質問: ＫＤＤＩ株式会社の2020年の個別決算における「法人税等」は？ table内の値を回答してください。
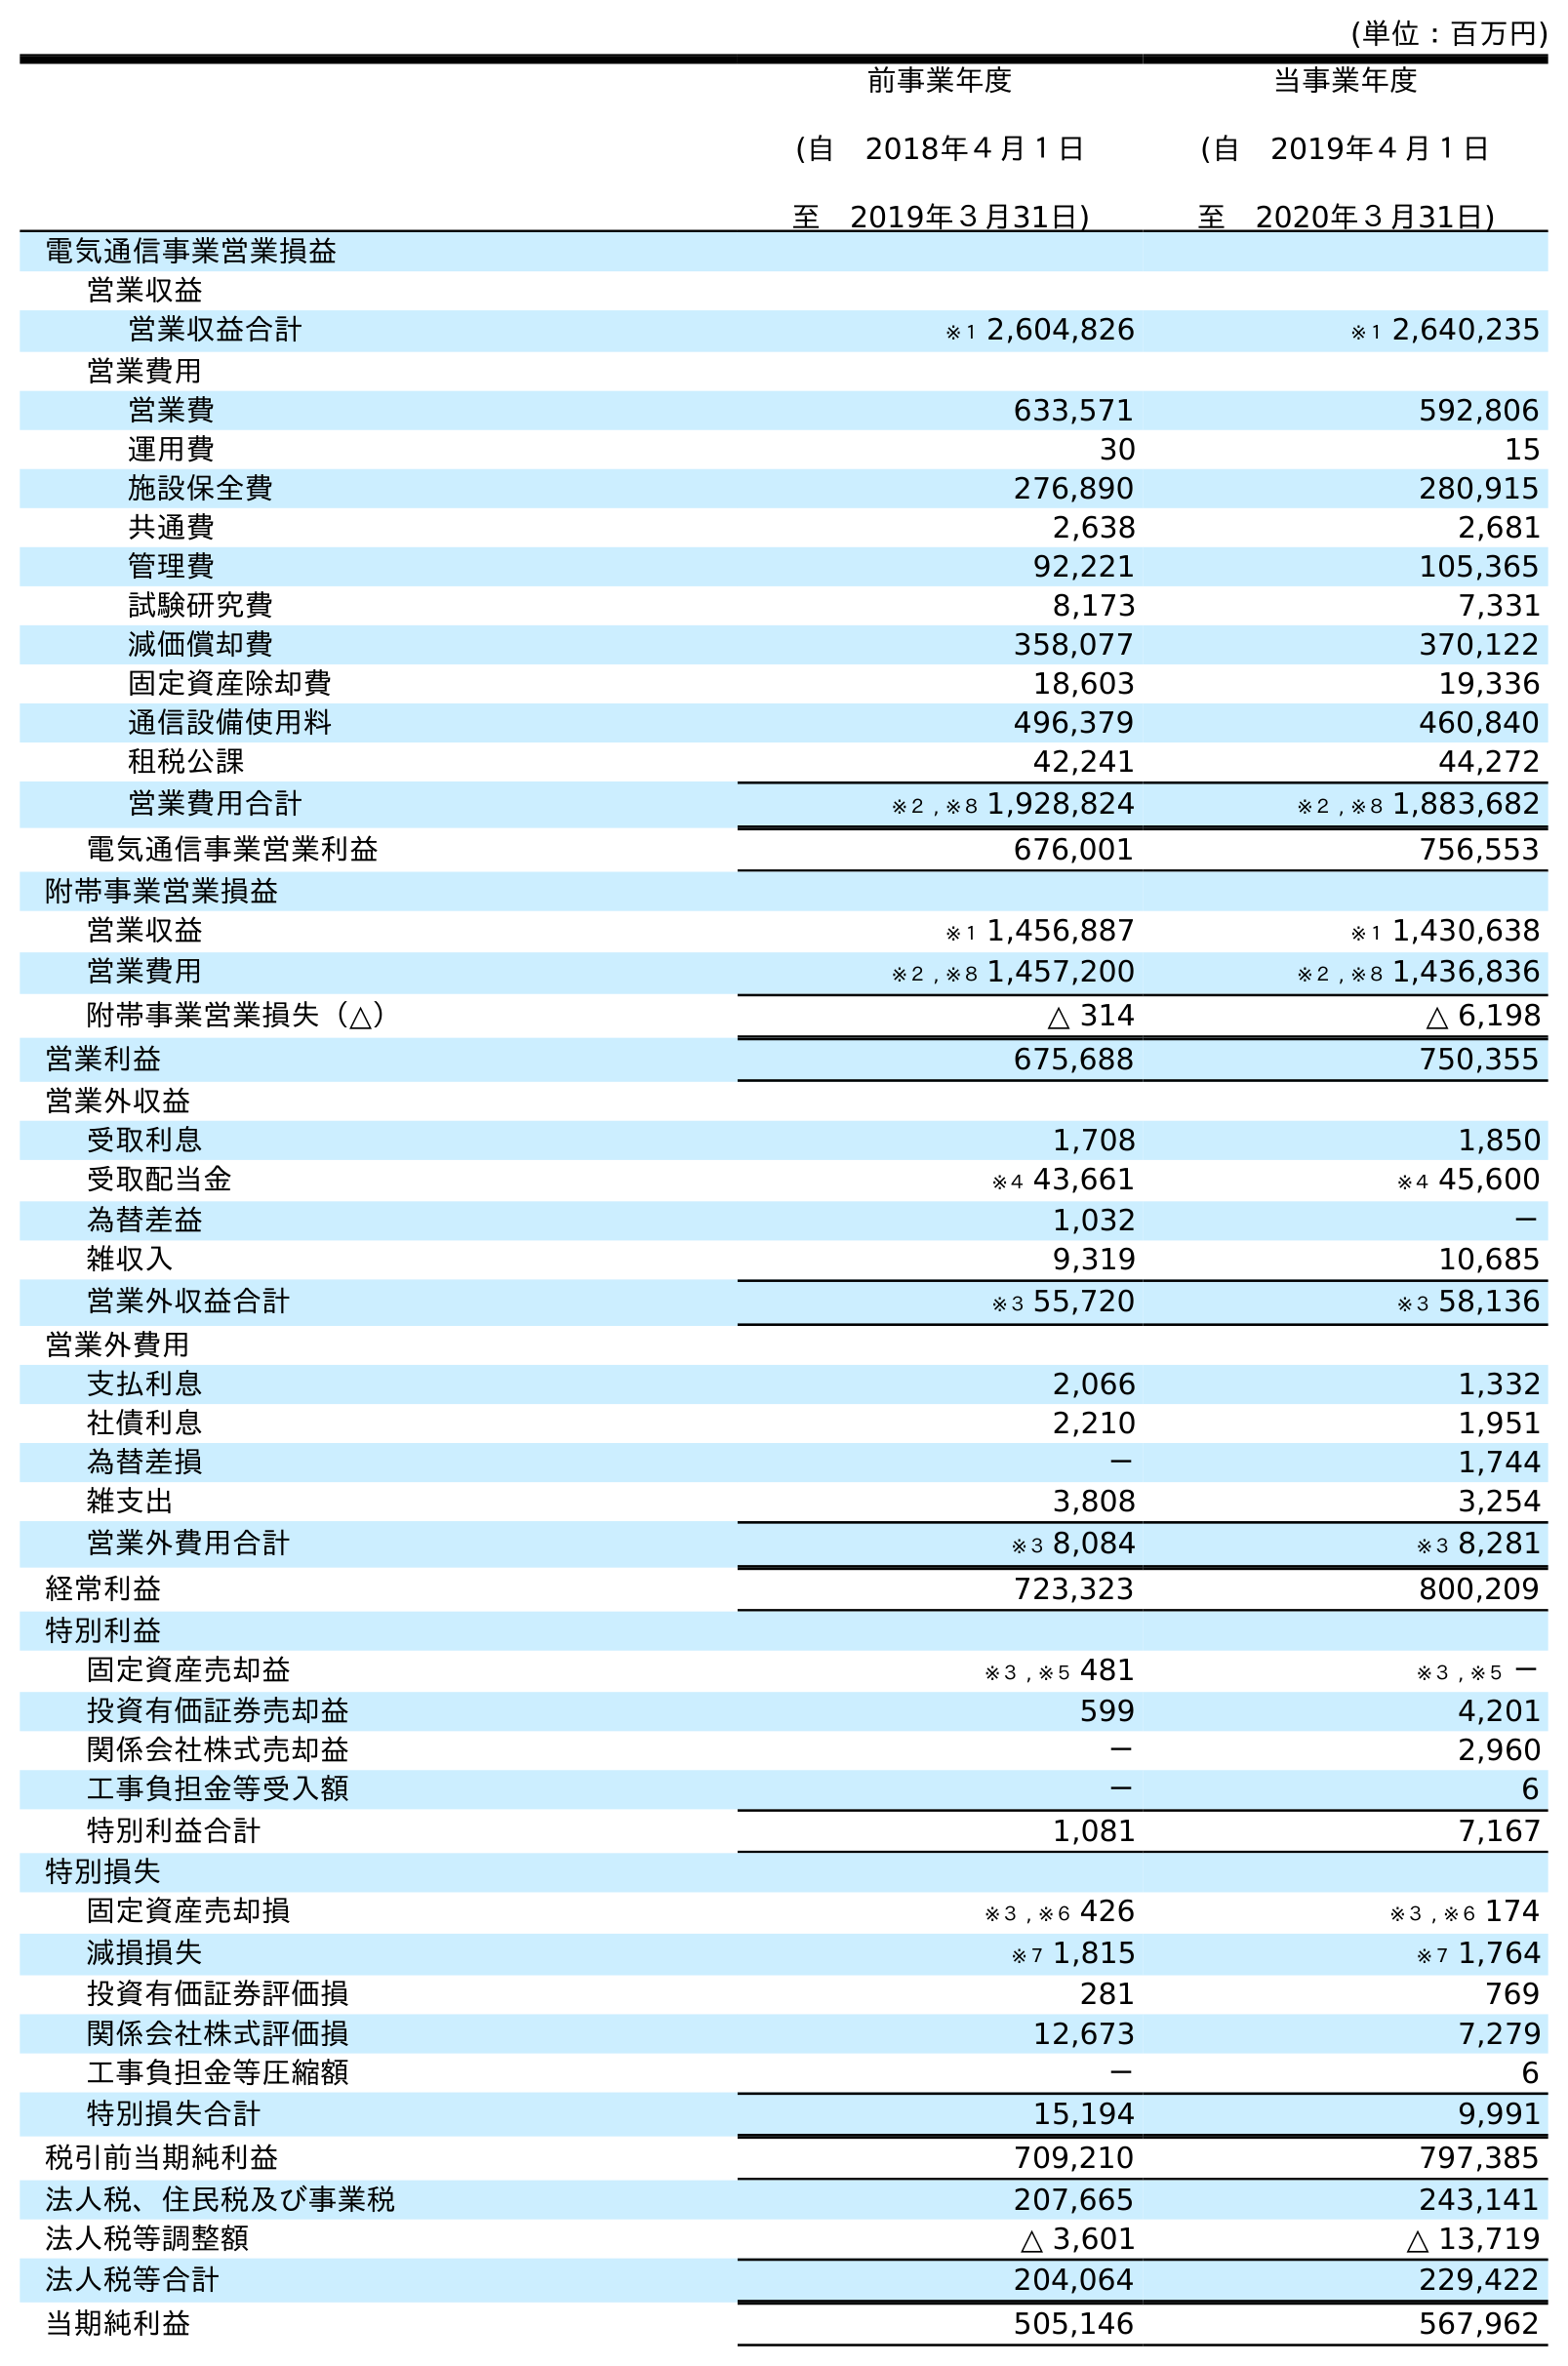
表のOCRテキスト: (単位：百万円) 前事業年度 (自 2018年４月１日 至 2019年３月31日) 当事業年度 (自 2019年４月１日 至 2020年３月31日) 電気通信事業営業損益 営業収益 営業収益合計 ※１ 2,604,826 ※１ 2,640,235 営業費用 営業費 633,571 592,806 運用費 30 15 施設保全費 276,890 280,915 共通費 2,638 2,681 管理費 92,221 105,365 試験研究費 8,173 7,331 減価償却費 358,077 370,122 固定資産除却費 18,603 19,336 通信設備使用料 496,379 460,840 租税公課 42,241 44,272 営業費用合計 ※２ , ※８ 1,928,824 ※２ , ※８ 1,883,682 電気通信事業営業利益 676,001 756,553 附帯事業営業損益 営業収益 ※１ 1,456,887 ※１ 1,430,638 営業費用 ※２ , ※８ 1,457,200 ※２ , ※８ 1,436,836 附帯事業営業損失（△） △ 314 △ 6,198 営業利益 675,688 750,355 営業外収益 受取利息 1,708 1,850 受取配当金 ※４ 43,661 ※４ 45,600 為替差益 1,032 － 雑収入 9,319 10,685 営業外収益合計 ※３ 55,720 ※３ 58,136 営業外費用 支払利息 2,066 1,332 社債利息 2,210 1,951 為替差損 － 1,744 雑支出 3,808 3,254 営業外費用合計 ※３ 8,084 ※３ 8,281 経常利益 723,323 800,209 特別利益 固定資産売却益 ※３ , ※５ 481 ※３ , ※５ － 投資有価証券売却益 599 4,201 関係会社株式売却益 － 2,960 工事負担金等受入額 － 6 特別利益合計 1,081 7,167 特別損失 固定資産売却損 ※３ , ※６ 426 ※３ , ※６ 174 減損損失 ※７ 1,815 ※７ 1,764 投資有価証券評価損 281 769 関係会社株式評価損 12,673 7,279 工事負担金等圧縮額 － 6 特別損失合計 15,194 9,991 税引前当期純利益 709,210 797,385 法人税、住民税及び事業税 207,665 243,141 法人税等調整額 △ 3,601 △ 13,719 法人税等合計 204,064 229,422 当期純利益 505,146 567,962
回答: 229,422